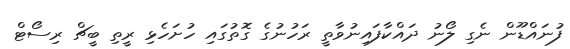
ފުނައްޑޫން ނެގި ލޯނު ދައްކާފައިނުވާތީ ރަހުނުގެ ގޮތުގައި ހުށަހެޅި ރީތި ބީޗް ރިސޯޓް